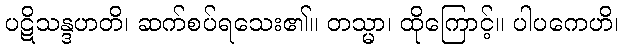
ပဋိသန္ဒဟတိ၊ ဆက်စပ်ရသေး၏။ တသ္မာ၊ ထိုကြောင့်။ ပါပကေဟိ၊